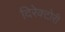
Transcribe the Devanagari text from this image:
दिरेक्टोरी